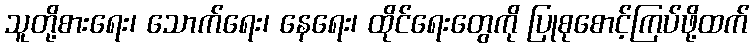
သူတို့စားရေး၊ သောက်ရေး၊ နေရေး၊ ထိုင်ရေးတွေကို ပြုစုစောင့်ကြပ်ဖို့ထက်